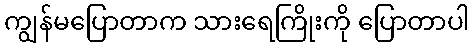
ကျွန်မပြောတာက သားရေကြိုးကို ပြောတာပါ